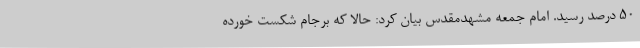
50 درصد رسید. امام جمعه مشهدمقدس بیان کرد: حالا که برجام شکست خورده